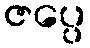
ဇပ္ပေ